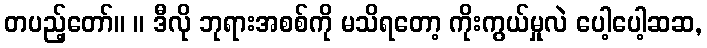
တပည့်တော်။ ။ ဒီလို ဘုရားအစစ်ကို မသိရတော့ ကိုးကွယ်မှုလဲ ပေါ့ပေါ့ဆဆ,